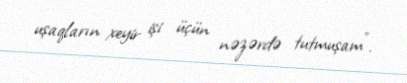
uşaqların xeyir işi üçün nəzərdə tutmuşam”.